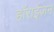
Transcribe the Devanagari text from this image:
हाॅराईज़न